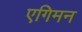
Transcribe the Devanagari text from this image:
एगिमन